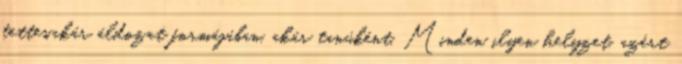
tettes,akár áldozat formájában, akár tanúként. Minden ilyen helyzet, azért